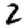
Digit: 2